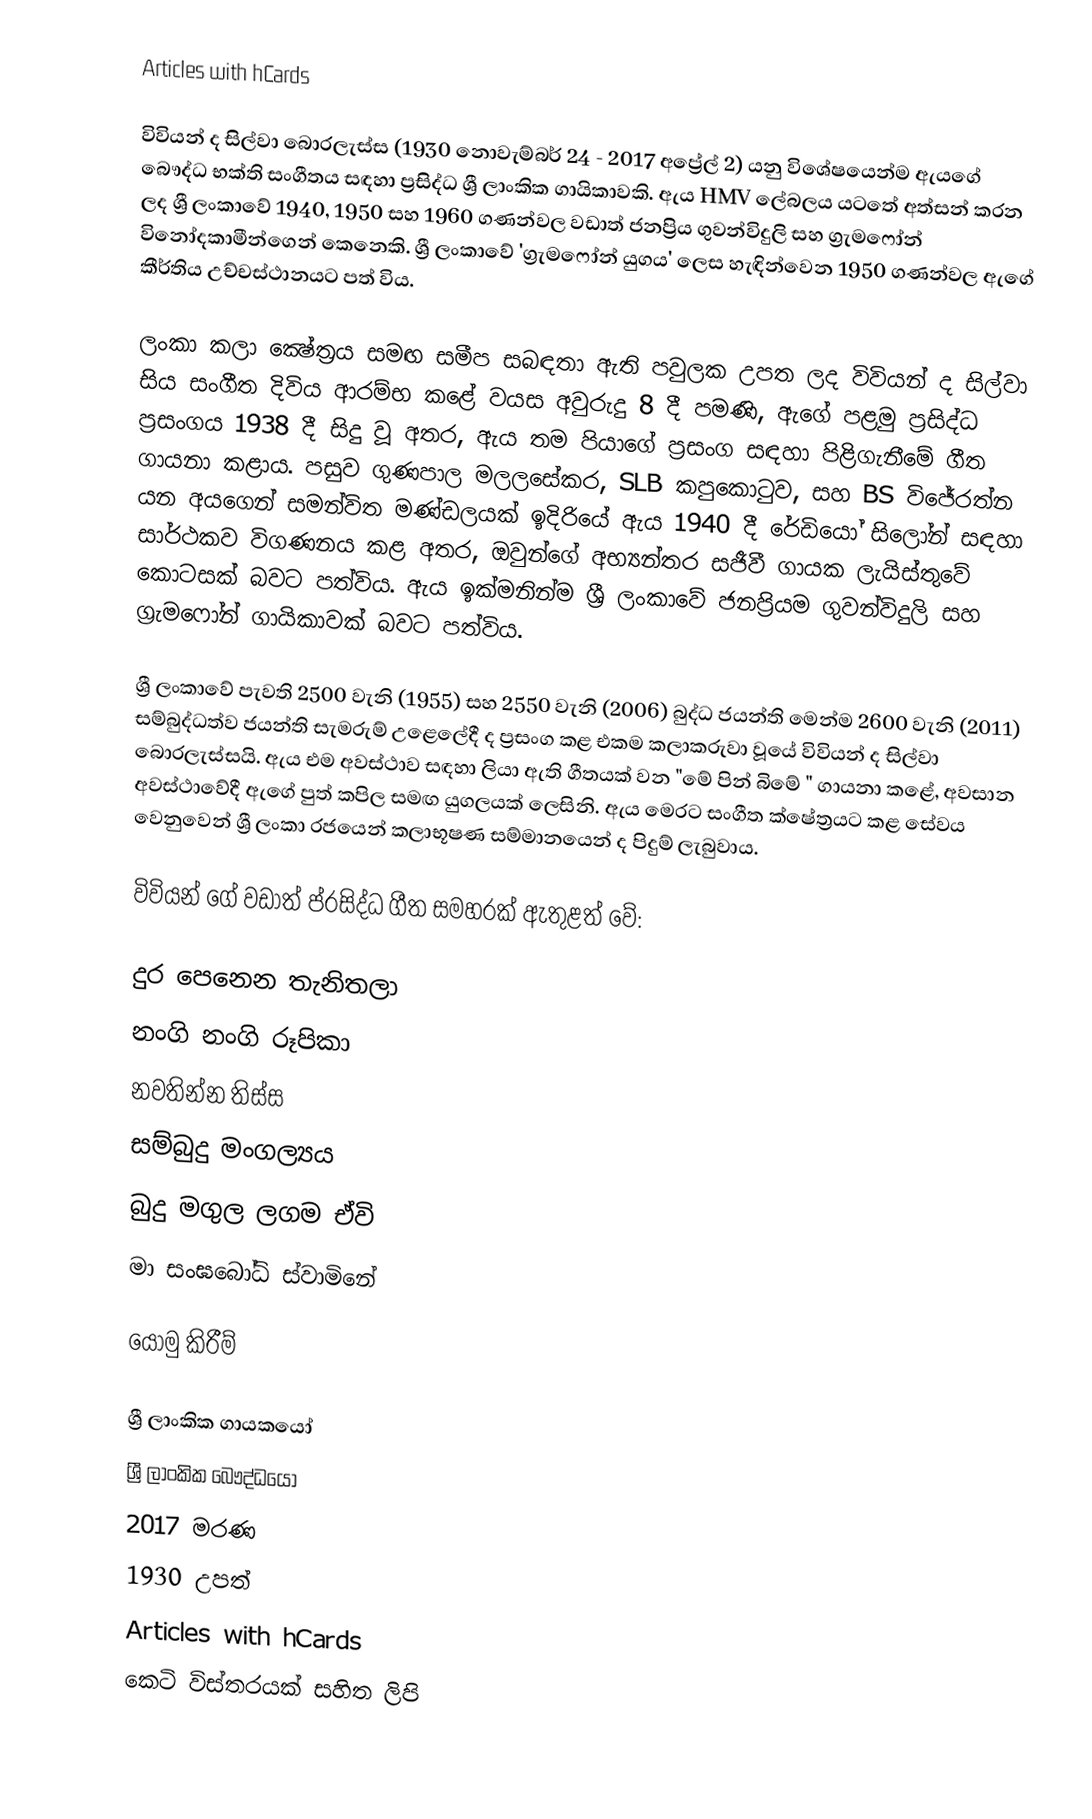
Articles with hCards

විවියන් ද සිල්වා බොරලැස්ස (1930 නොවැම්බර් 24 - 2017 අප්‍රේල් 2) යනු විශේෂයෙන්ම ඇයගේ බෞද්ධ භක්ති සංගීතය සඳහා ප්‍රසිද්ධ ශ්‍රී ලාංකික ගායිකාවකි. ඇය HMV ලේබලය යටතේ අත්සන් කරන ලද ශ්‍රී ලංකාවේ 1940, 1950 සහ 1960 ගණන්වල වඩාත් ජනප්‍රිය ගුවන්විදුලි සහ ග්‍රැමෆෝන් විනෝදකාමීන්ගෙන් කෙනෙකි. ශ්‍රී ලංකාවේ 'ග්‍රැමෆෝන් යුගය' ලෙස හැඳින්වෙන 1950 ගණන්වල ඇගේ කීර්තිය උච්චස්ථානයට පත් විය.

ලංකා කලා ක්‍ෂේත්‍රය සමඟ සමීප සබඳතා ඇති පවුලක උපත ලද විවියන් ද සිල්වා සිය සංගීත දිවිය ආරම්භ කළේ වයස අවුරුදු 8 දී පමණි, ඇගේ පළමු ප්‍රසිද්ධ ප්‍රසංගය 1938 දී සිදු වූ අතර, ඇය තම පියාගේ ප්‍රසංග සඳහා පිළිගැනීමේ ගීත ගායනා කළාය. පසුව ගුණපාල මලලසේකර, SLB කපුකොටුව, සහ BS විජේරත්න යන අයගෙන් සමන්විත මණ්ඩලයක් ඉදිරියේ ඇය 1940 දී රේඩියෝ සිලෝන් සඳහා සාර්ථකව විගණනය කළ අතර, ඔවුන්ගේ අභ්‍යන්තර සජීවී ගායක ලැයිස්තුවේ කොටසක් බවට පත්විය. ඇය ඉක්මනින්ම ශ්‍රී ලංකාවේ ජනප්‍රියම ගුවන්විදුලි සහ ග්‍රැමෆෝන් ගායිකාවක් බවට පත්විය.

ශ්‍රී ලංකාවේ පැවති 2500 වැනි (1955) සහ 2550 වැනි (2006) බුද්ධ ජයන්ති මෙන්ම 2600 වැනි (2011) සම්බුද්ධත්ව ජයන්ති සැමරුම් උළෙලේදී ද ප්‍රසංග කළ එකම කලාකරුවා වූයේ විවියන් ද සිල්වා බොරලැස්සයි. ඇය එම අවස්ථාව සඳහා ලියා ඇති ගීතයක් වන "මේ පින් බිමේ " ගායනා කළේ, අවසාන අවස්ථාවේදී ඇගේ පුත් කපිල සමඟ යුගලයක් ලෙසිනි. ඇය මෙරට සංගීත ක්ෂේත්‍රයට කළ සේවය වෙනුවෙන් ශ්‍රී ලංකා රජයෙන් කලාභූෂණ සම්මානයෙන් ද පිදුම් ලැබුවාය.

විවියන් ගේ වඩාත් ප්රසිද්ධ ගීත සමහරක් ඇතුළත් වේ:

 දුර පෙනෙන තැනිතලා
 නංගි නංගි රූපිකා
 නවතින්න තිස්ස
 සම්බුදු මංගල්‍යය
 බුදු මගුල ලගම ඒවි
 මා සංඝබෝධි ස්වාමිනේ

යොමු කිරීම්

ශ්‍රී ලාංකික ගායකයෝ
ශ්‍රී ලාංකික බෞද්ධයෝ
2017 මරණ
1930 උපත්
Articles with hCards
කෙටි විස්තරයක් සහිත ලිපි